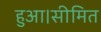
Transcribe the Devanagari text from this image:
हुआ।सीमित